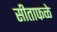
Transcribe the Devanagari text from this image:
सीताफळे